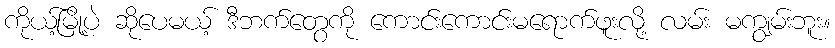
ကိုယ့်မြို့ပဲ ဆိုပေမယ့် ဒီဘက်တွေကို ကောင်းကောင်းမရောက်ဖူးလို့ လမ်း မကျွမ်းဘူး။